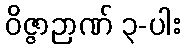
ဝိဇ္ဇာဉာဏ် ၃-ပါး